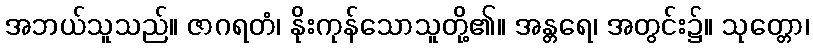
အဘယ်သူသည်။ ဇာဂရတံ၊ နိုးကုန်သောသူတို့၏။ အန္တရေ၊ အတွင်း၌။ သုတ္တော၊